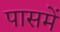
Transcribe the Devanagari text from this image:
पासमें